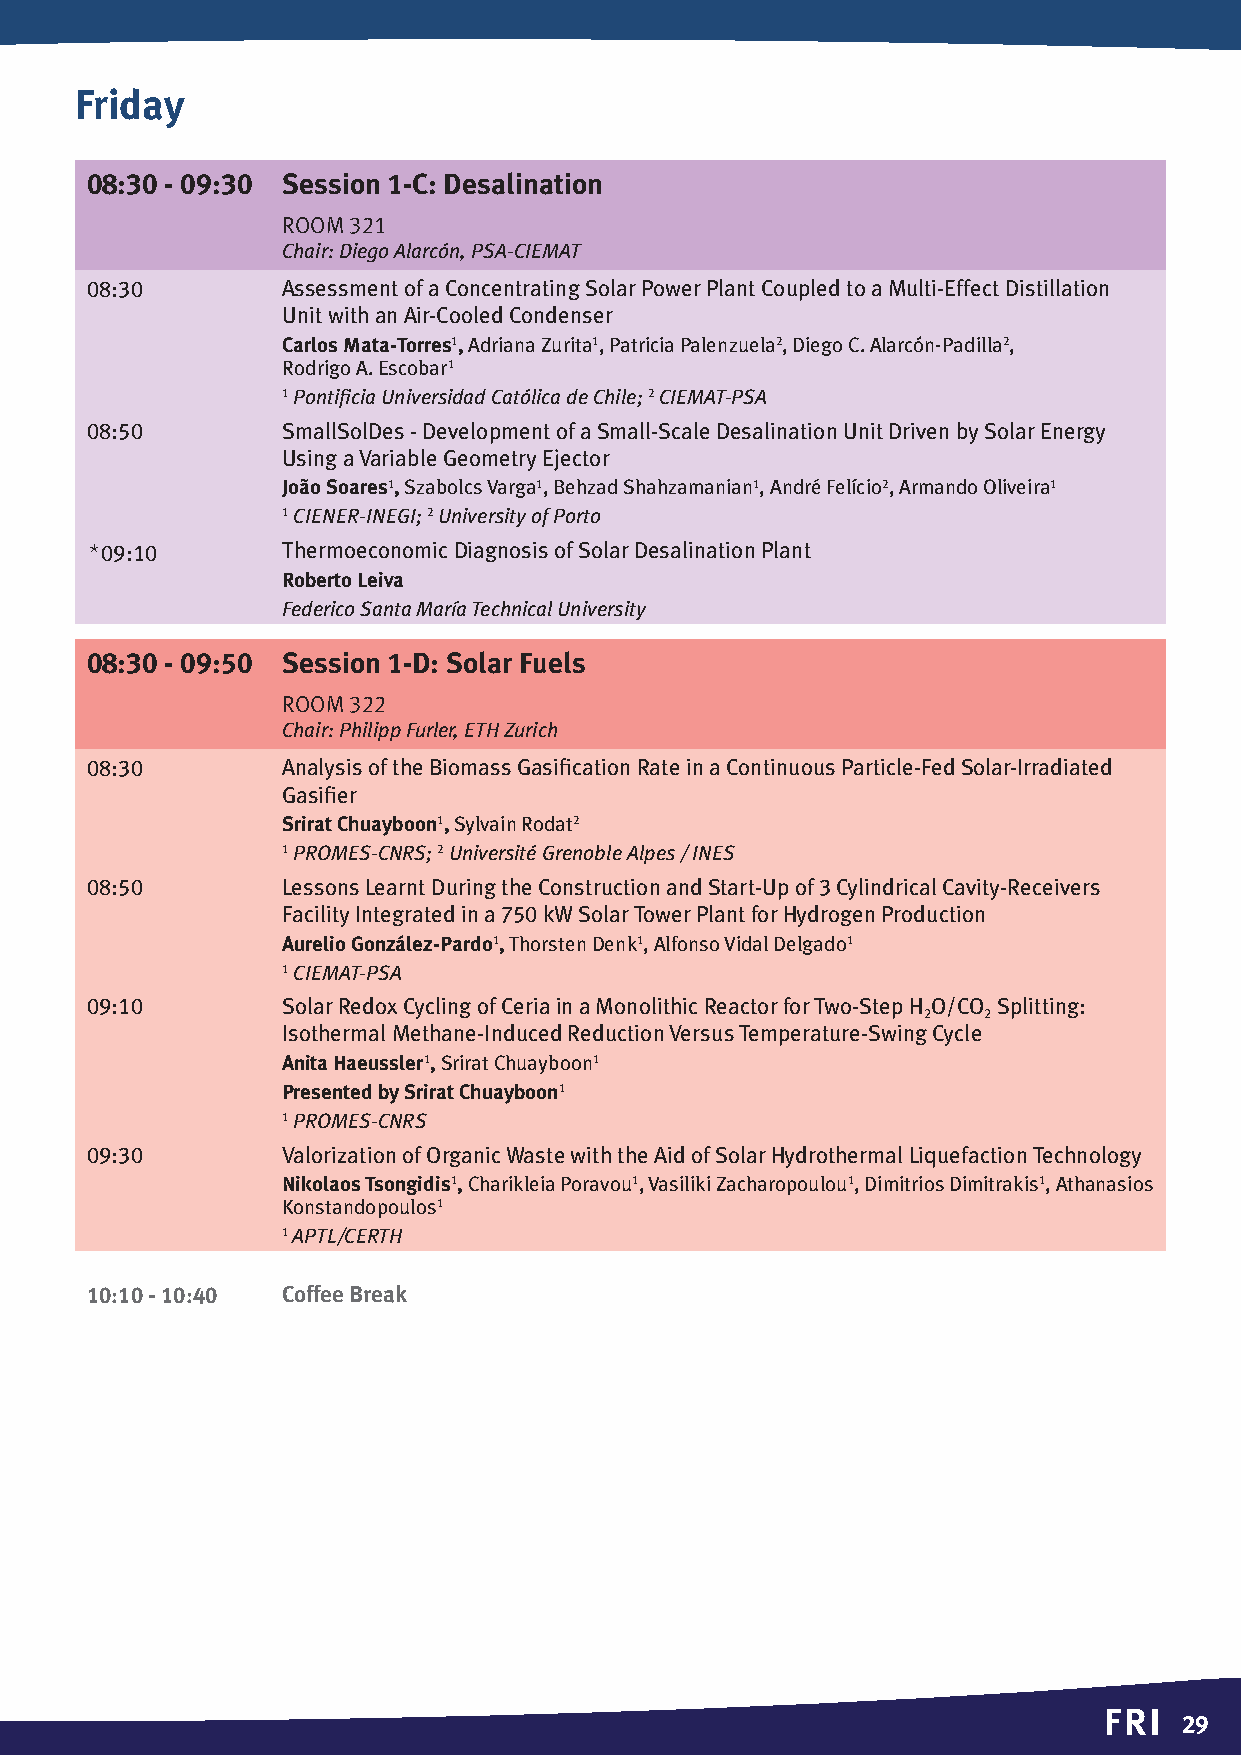
Friday
 08:30 - 09:30 Session 1-C: Desalination
 Room 321
 Chair: Diego Alarcón, PSA-CIEMAT
 08:30        Assessment of a Concentrating Solar Power Plant Coupled to a Multi-Effect Distillation
 Unit with an Air-Cooled Condenser
 Carlos Mata-Torres1, Adriana Zurita1, Patricia Palenzuela2, Diego C. Alarcón-Padilla2,
 Rodrigo A. Escobar1
 1 Pontificia Universidad Católica de Chile; 2 CIEMAT-PSA
 08:50        SmallSolDes - Development of a Small-Scale Desalination Unit Driven by Solar Energy
 Using a Variable Geometry Ejector
 João Soares1, Szabolcs Varga1, Behzad Shahzamanian1, André Felício2, Armando Oliveira1
 1 CIENER-INEGI; 2 University of Porto
 *09:10       Thermoeconomic Diagnosis of Solar Desalination Plant
 Roberto Leiva
 Federico Santa María Technical University
 08:30 - 09:50 Session 1-D: Solar Fuels
 Room 322
 Chair: Philipp Furler, ETH Zurich
 08:30        Analysis of the Biomass Gasification Rate in a Continuous Particle-Fed Solar-Irradiated
 Gasifier
 Srirat Chuayboon1, Sylvain Rodat2
 1 PROMES-CNRS; 2 Université Grenoble Alpes / INES
 08:50        Lessons Learnt During the Construction and Start-Up of 3 Cylindrical Cavity-Receivers
 Facility Integrated in a 750 kW Solar Tower Plant for Hydrogen Production
 Aurelio González-Pardo1, Thorsten Denk1, Alfonso Vidal Delgado1
 1 CIEMAT-PSA
 09:10        Solar Redox Cycling of Ceria in a Monolithic Reactor for Two-Step H O/CO Splitting:
 2   2
 Isothermal Methane-Induced Reduction Versus Temperature-Swing Cycle
 Anita Haeussler1, Srirat Chuayboon1
 Presented by Srirat Chuayboon1
 1 PROMES-CNRS
 09:30        Valorization of Organic Waste with the Aid of Solar Hydrothermal Liquefaction Technology
 Nikolaos Tsongidis1, Charikleia Poravou1, Vasiliki Zacharopoulou1, Dimitrios Dimitrakis1, Athanasios
 Konstandopoulos1
 1 APTL/CERTH
 10:10 - 10:40 Coffee Break
 FRI
 2299